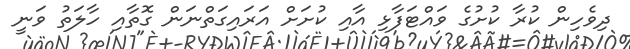
ދިވެހިން ކުރާ ކުށުގެ ވައްޓަފާޅި އާއި ކުށަށް އަރައިގަތްނަން ގޮތާއި ހާލަތު ވަނީ